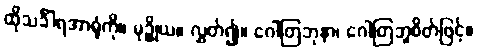
ထိုသင်္ခါရအာရုံကို။ မုဉ္စိုယ။ လွှတ်၍။ ဂေါတြဘုနာ၊ ဂေါတြဘူစိတ်ဖြင့်။